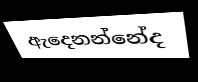
ඇදෙනන්නේද